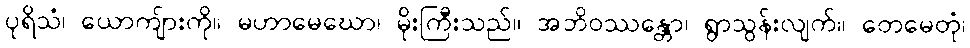
ပုရိသံ၊ ယောကျ်ားကို။ မဟာမေဃော၊ မိုးကြီးသည်။ အဘိဝဿန္တော၊ ရွာသွန်းလျက်။ တေမေတုံ၊